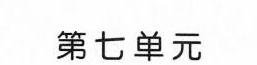
第七单元